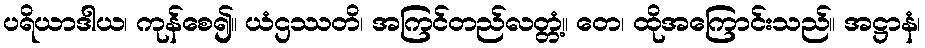
ပရိယာဒါယ၊ ကုန်စေ၍။ ယံဌဿတိ၊ အကြင်တည်လတ္တံ့။ တေ၊ ထိုအကြောင်းသည်။ အဋ္ဌာနံ၊